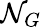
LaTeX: \mathcal{N}_{G}